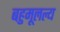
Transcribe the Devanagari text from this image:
बहुमूलल्य